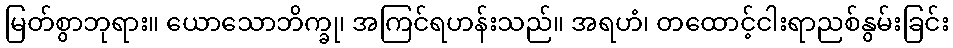
မြတ်စွာဘုရား။ ယောသောဘိက္ခု၊ အကြင်ရဟန်းသည်။ အရဟံ၊ တထောင့်ငါးရာညစ်နွမ်းခြင်း